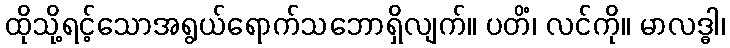
ထိုသို့ရင့်သောအရွယ်ရောက်သဘောရှိလျက်။ ပတိံ၊ လင်ကို။ မာလဒ္ဓါ၊